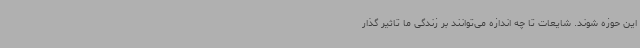
این حوزه شوند. شایعات تا چه اندازه می‌توانند بر زندگی ما تاثیر گذار